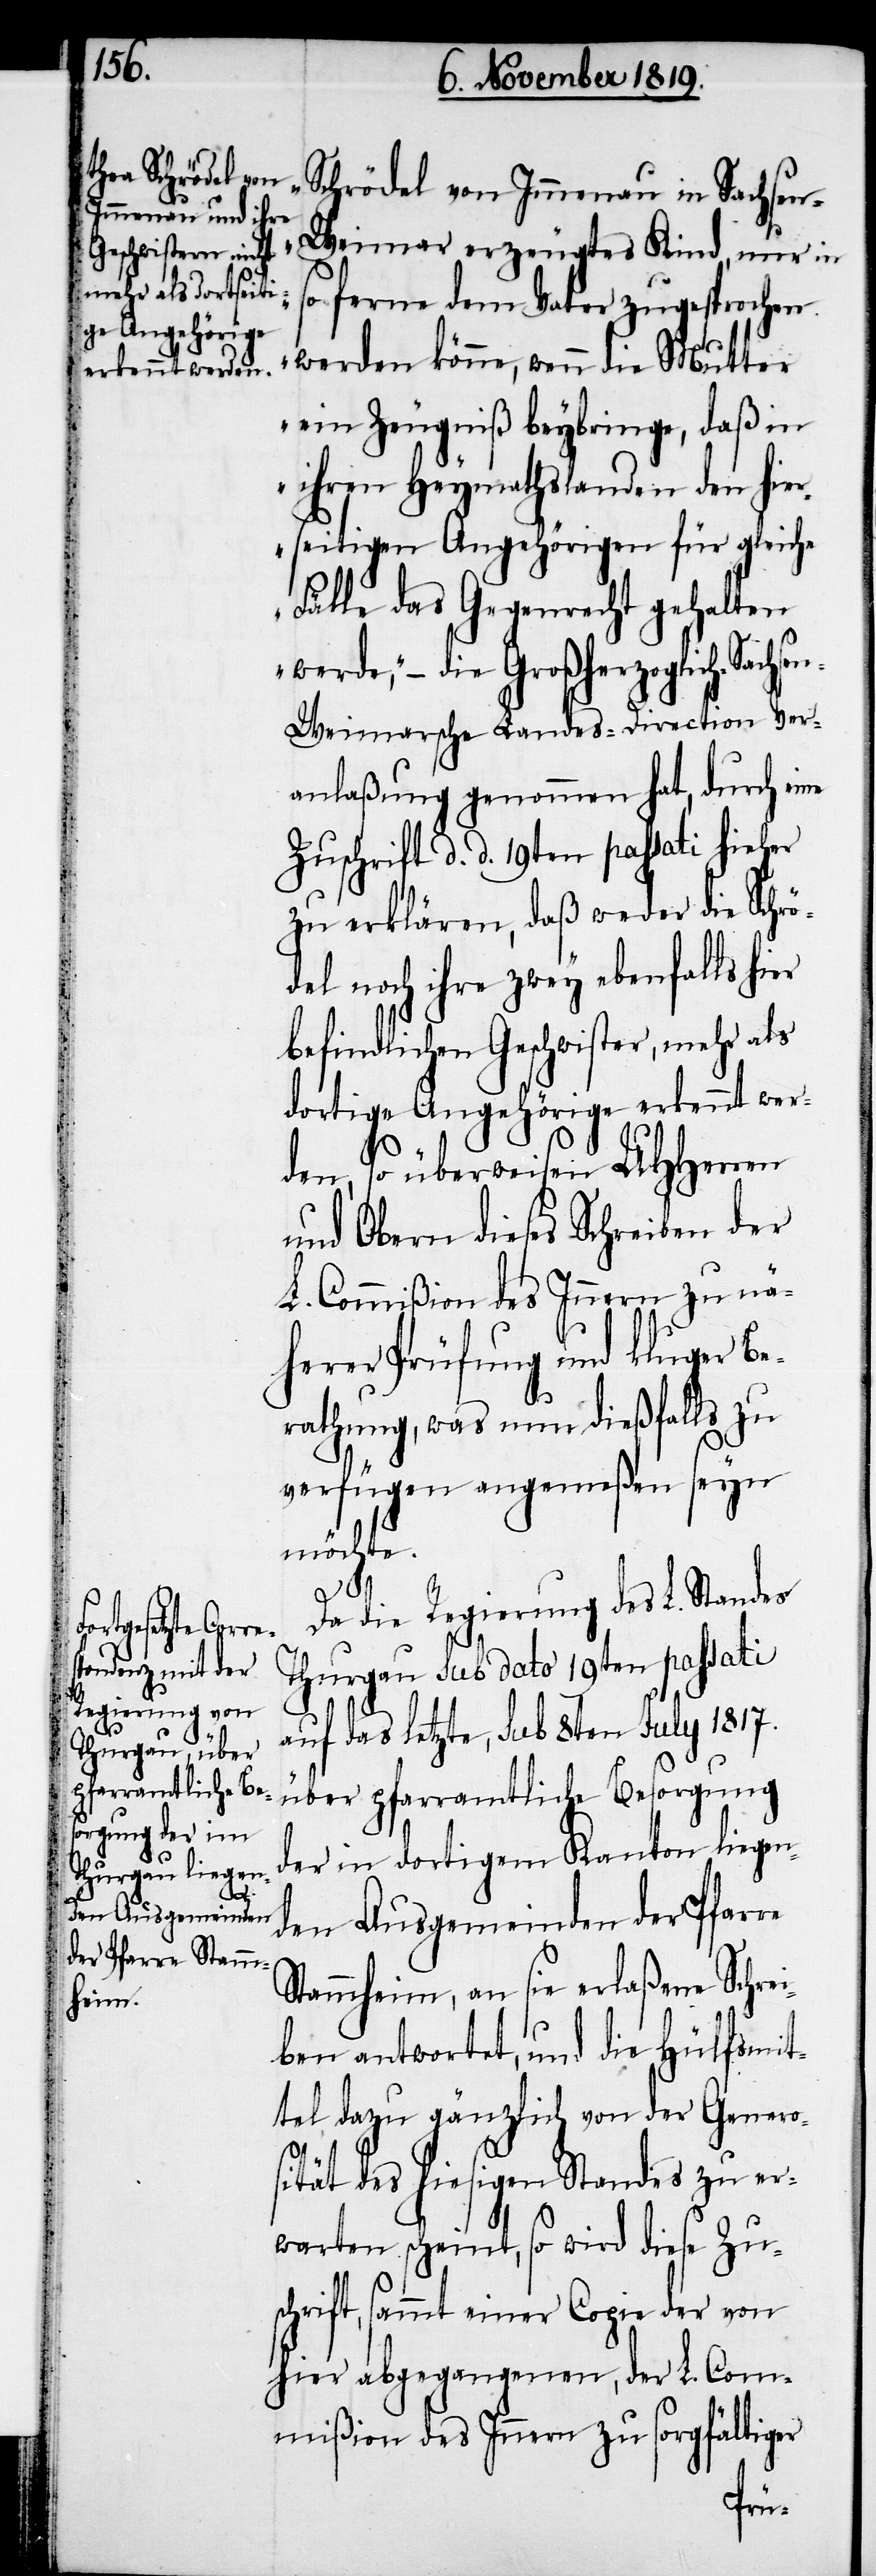
er

Schrödel von Immenau in Sachsen-W¬
eimar erzeugtes Kind, nur in
so ferne dem Vater zugesprochen
werden könne, wenn die Mutter
ein Zeugniß beybringe, daß in
ihren Heymathslanden den hier¬
seitigen Angehörigen für gleiche
Fälle das Gegenrecht gehalten
werde,“ – die Großherzoglich-Sa¬
n-Weimarsche Landes-Direction Ver¬
anlaßung genommen hat, durch eine
Zuschrift d. d. 19ten passati hieher
zu erklären, daß weder die Schrö¬
del noch ihre zwey ebenfalls hi¬
befindlichen Geschwister, mehr als
dortige Angehörige erkennt wer¬
den, so überweisen UHHerren
und Obern dieses Schreiben der
L. Commißion des Innern zu nä¬
herer Prüfung und kluger Be¬
rathung, was nun dießfalls zu
verfügen angemeßen seyn
möcht¬
e.
Da die Regierung des L. Standes
Thurgau sub dato 19ten passati
auf das letzte, sub 8ten July 1817.
über pfarramtliche Besorgung
der in dortigem Kanton liegen¬
den Ausgemeinden der Pfarre
Stammheim, an sie erlaßene Schrei¬
ben antwortet, und die Hülfsmit¬
tel dazu gänzlich von der Genero¬
sität des hiesigen Standes zu er¬
warten scheint, so wird diese Zus¬
chrift, sammt einer Copie der von
hier abgegangenen, der L. Com¬
mißion des Innern zu sorgfältiger